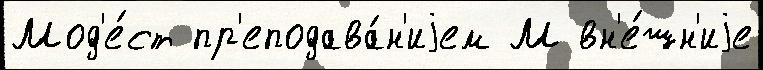
Мод'е́ст пр'еподава́н'иjем М вн'е́шн'иjе